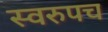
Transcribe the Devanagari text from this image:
स्वरुपच